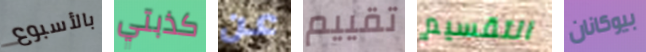
بالأسبوع كذبتي عن تقييم التقسيم بيوكانان